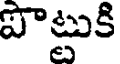
పొట్టుకి